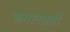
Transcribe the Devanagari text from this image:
समस्याहो